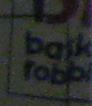
bask